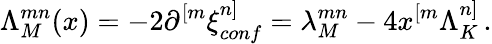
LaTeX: \Lambda_{M}^{mn}(x)=-2\partial^{[m}\xi_{conf}^{n]}=\lambda_{M}^{mn}-4x^{[m}\Lambda_{K}^{n]}\, .